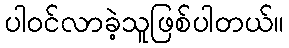
ပါ၀င်လာခဲ့သူဖြစ်ပါတယ်။